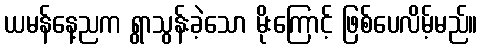
ယမန်နေ့ညက ရွာသွန်းခဲ့သော မိုးကြောင့် ဖြစ်ပေလိမ့်မည်။